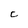
Character: C